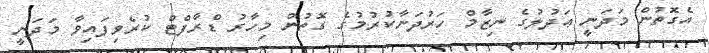
އެގޮތުން މަދަނީ ޢަދުލުގެ ނިޒާމް ހަރުދަނާކުރުމުގެ ގޮތުން މިހާރު ޑްރާފްޓް ކުރެވިފައިވާ މަދަނީ